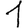
Digit: 1